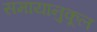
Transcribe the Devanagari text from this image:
समायानुकूल